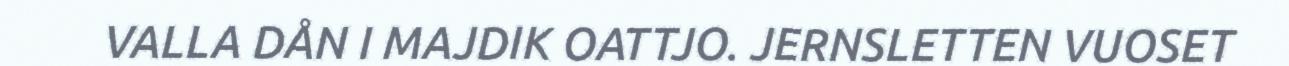
VALLA DÅN I MAJDIK OATTJO. JERNSLETTEN VUOSET